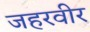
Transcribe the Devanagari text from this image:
जहरवीर